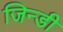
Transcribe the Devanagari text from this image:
जिन्डी